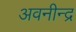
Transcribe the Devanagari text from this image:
अवनीन्द्र